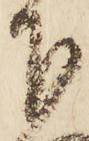
下